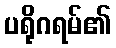
ပရိုဂရမ်၏